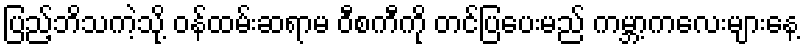
ပြည့်ဘိသကဲ့သို့ ဝန်ထမ်းဆရာမ ဝီစကီကို တင်ပြပေးမည် ကမ္ဘာ့ကလေးများနေ့